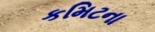
કમિટના